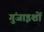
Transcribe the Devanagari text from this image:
गुंजाइशों